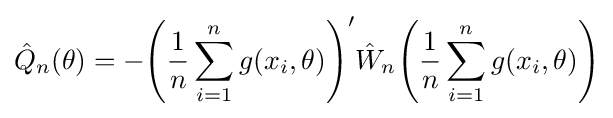
{\hat {Q}}_{n}(\theta )=-{\Bigg (}{\frac {1}{n}}\sum _{i=1}^{n}g(x_{i},\theta ){\Bigg )}'{\hat {W}}_{n}{\Bigg (}{\frac {1}{n}}\sum _{i=1}^{n}g(x_{i},\theta ){\Bigg )}